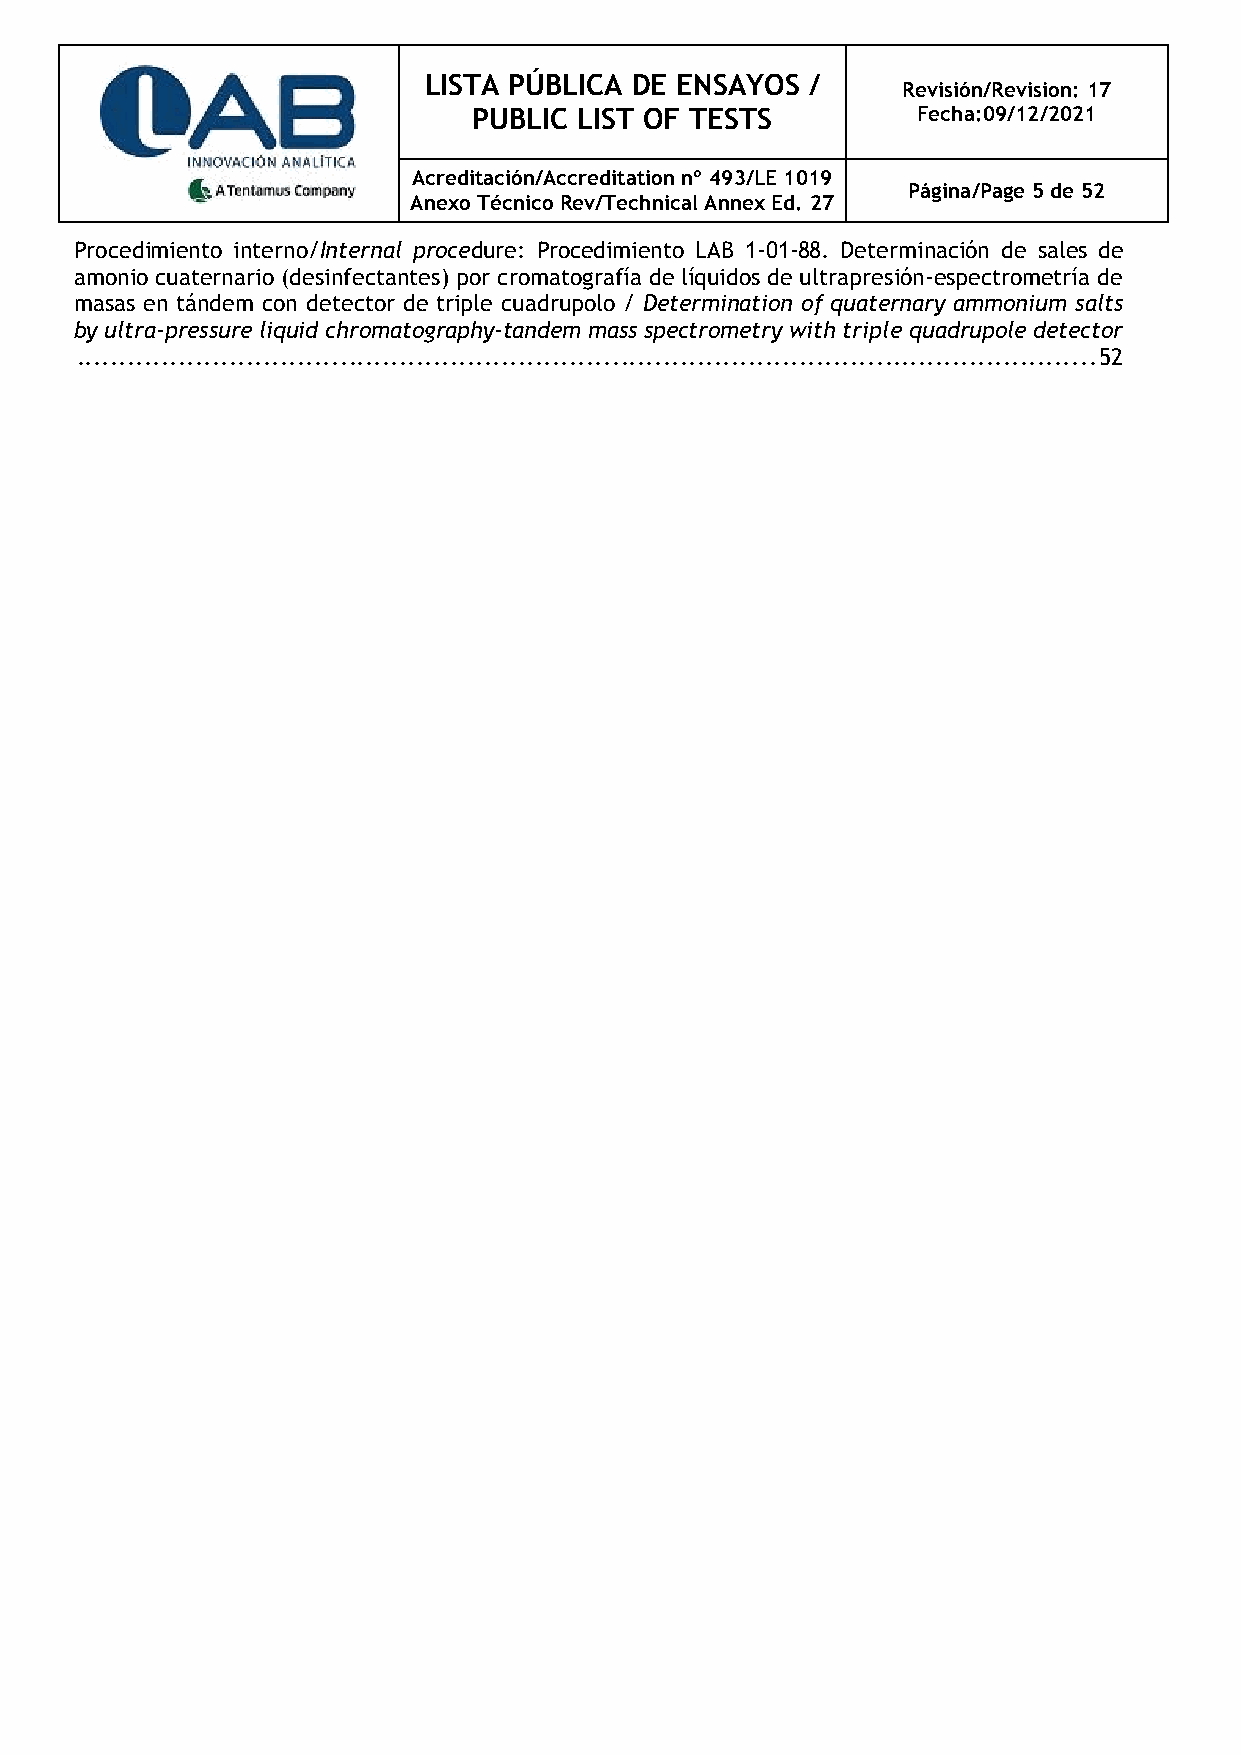
LISTA PÚBLICA DE ENSAYOS  /
 Revisión/Revision: 17
 PUBLIC LIST OF TESTS          Fecha:09/12/2021
 Acreditación/Accreditation nº 493/LE 1019
 Página/Page 5 de 52
 Anexo Técnico Rev/Technical Annex Ed. 27
 Procedimiento interno/Internal procedure: Procedimiento LAB 1-01-88. Determinación de sales de
 amonio cuaternario (desinfectantes) por cromatografía de líquidos de ultrapresión-espectrometría de
 masas en tándem con detector de triple cuadrupolo / Determination of quaternary ammonium salts
 by ultra-pressure liquid chromatography-tandem mass spectrometry with triple quadrupole detector
 ........................................................................................................................ 52